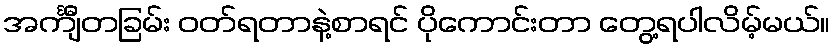
အင်္ကျီတခြမ်း ဝတ်ရတာနဲ့စာရင် ပိုကောင်းတာ တွေ့ရပါလိမ့်မယ်။